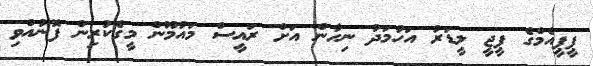
ޕީޕީއެމްގެ ޕީޖީ ލީޑަރު އަހުމަދު ނިހާން އަށް ރައީސް މައުމޫން މީގެކުރިން ފޮނުއްވި